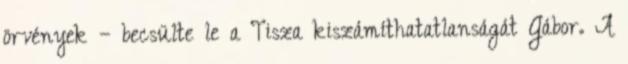
örvények – becsülte le a Tisza kiszámíthatatlanságát Gábor. A